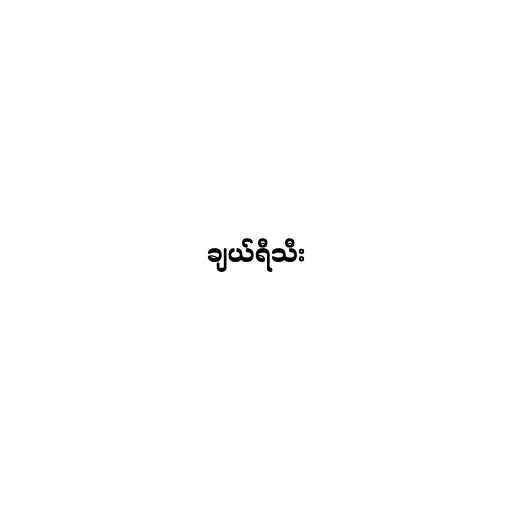
ချယ်ရီသီး